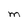
Character: M